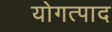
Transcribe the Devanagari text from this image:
योगत्पाद